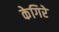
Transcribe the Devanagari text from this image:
केगिरे